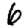
Digit: 6